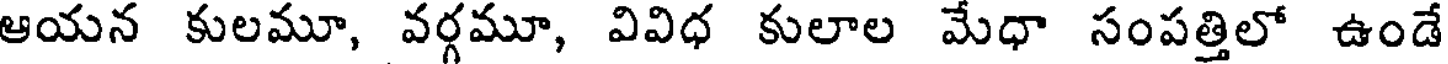
ఆయన కులమూ, వర్గమూ, వివిధ కులాల మేధా సంపత్తిలో ఉండే